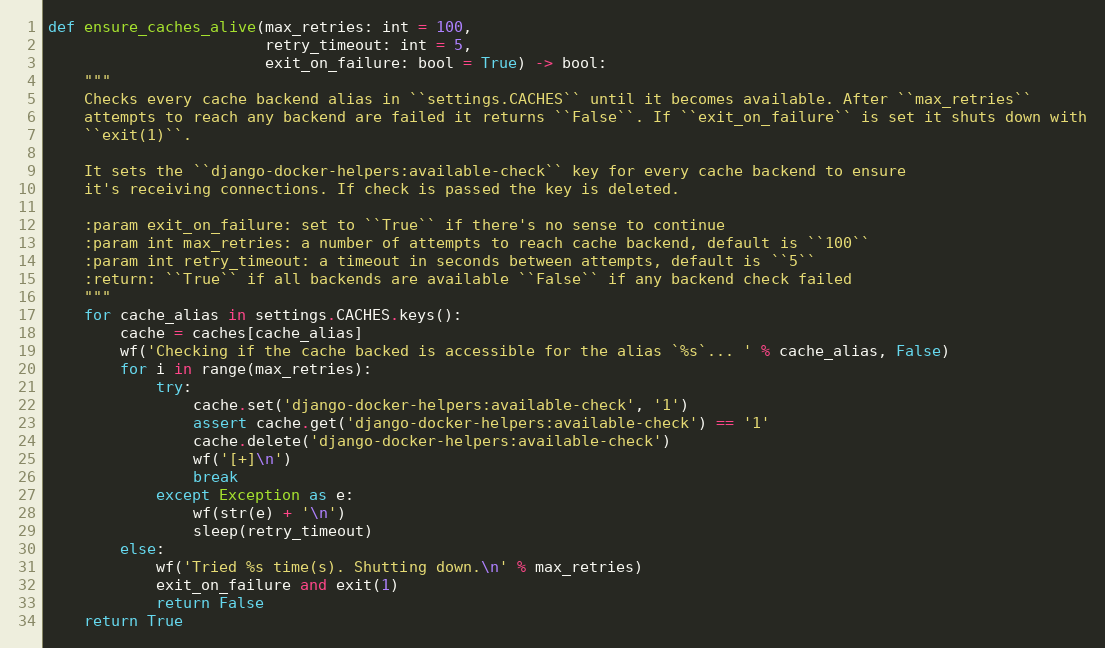
Language: Python
def ensure_caches_alive(max_retries: int = 100,
                        retry_timeout: int = 5,
                        exit_on_failure: bool = True) -> bool:
    """
    Checks every cache backend alias in ``settings.CACHES`` until it becomes available. After ``max_retries``
    attempts to reach any backend are failed it returns ``False``. If ``exit_on_failure`` is set it shuts down with
    ``exit(1)``.

    It sets the ``django-docker-helpers:available-check`` key for every cache backend to ensure
    it's receiving connections. If check is passed the key is deleted.

    :param exit_on_failure: set to ``True`` if there's no sense to continue
    :param int max_retries: a number of attempts to reach cache backend, default is ``100``
    :param int retry_timeout: a timeout in seconds between attempts, default is ``5``
    :return: ``True`` if all backends are available ``False`` if any backend check failed
    """
    for cache_alias in settings.CACHES.keys():
        cache = caches[cache_alias]
        wf('Checking if the cache backed is accessible for the alias `%s`... ' % cache_alias, False)
        for i in range(max_retries):
            try:
                cache.set('django-docker-helpers:available-check', '1')
                assert cache.get('django-docker-helpers:available-check') == '1'
                cache.delete('django-docker-helpers:available-check')
                wf('[+]\n')
                break
            except Exception as e:
                wf(str(e) + '\n')
                sleep(retry_timeout)
        else:
            wf('Tried %s time(s). Shutting down.\n' % max_retries)
            exit_on_failure and exit(1)
            return False
    return True